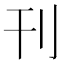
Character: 刊